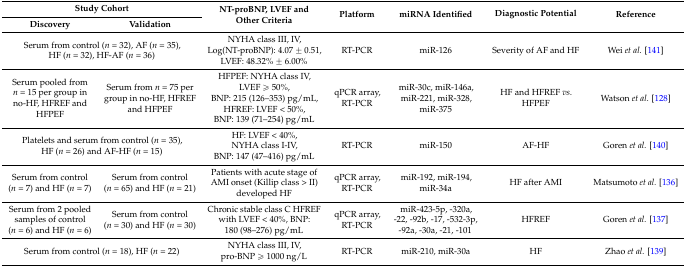
<table><thead><tr><td colspan="2"><b>Study Cohort</b></td><td rowspan="2"><b>NT-proBNP, LVEF and Other Criteria</b></td><td rowspan="2"><b>Platform</b></td><td rowspan="2"><b>miRNA Identified</b></td><td rowspan="2"><b>Diagnostic Potential</b></td><td rowspan="2"><b>Reference</b></td></tr><tr><td><b>Discovery</b></td><td><b>Validation</b></td></tr></thead><tbody><tr><td colspan="2">Serum from control (<i>n</i> = 32), AF (<i>n</i> = 35),HF (<i>n</i> = 32), HF-AF (<i>n</i> = 36)</td><td>NYHA class III, IV, Log(NT-proBNP): 4.07 ± 0.51, LVEF: 48.32% ± 6.00%</td><td>RT-PCR</td><td>miR-126</td><td>Severity of AF and HF</td><td>Wei <i>et al.</i> [141]</td></tr><tr><td>Serum pooled from <i>n</i> = 15 per group in no-HF, HFREF and HFPEF</td><td>Serum from <i>n</i> = 75 per group in no-HF, HFREF and HFPEF</td><td>HFPEF: NYHA class IV, LVEF ≥ 50%, BNP: 215 (126–353) pg/mL, HFREF: LVEF &lt; 50%, BNP: 139 (71–254) pg/mL</td><td>qPCR array, RT-PCR</td><td>miR-30c, miR-146a, miR-221, miR-328, miR-375</td><td>HF and HFREF <i>vs.</i> HFPEF</td><td>Watson <i>et al.</i> [128]</td></tr><tr><td colspan="2">Platelets and serum from control (<i>n</i> = 35),HF (<i>n</i> = 26) and AF-HF (<i>n</i> = 15)</td><td>HF: LVEF &lt; 40%, NYHA class I-IV, BNP: 147 (47–416) pg/mL</td><td>RT-PCR</td><td>miR-150</td><td>AF-HF</td><td>Goren <i>et al.</i> [140]</td></tr><tr><td>Serum from control (<i>n</i> = 7) and HF (<i>n</i> = 7)</td><td>Serum from control (<i>n</i> = 65) and HF (<i>n</i> = 21)</td><td>Patients with acute stage of AMI onset (Killip class &gt; II) developed HF</td><td>qPCR array, RT-PCR</td><td>miR-192, miR-194, miR-34a</td><td>HF after AMI</td><td>Matsumoto <i>et al.</i> [136]</td></tr><tr><td>Serum from 2 pooled samples of control (<i>n</i> = 6) and HF (<i>n</i> = 6)</td><td>Serum from control (<i>n</i> = 30) and HF (<i>n</i> = 30)</td><td>Chronic stable class C HFREF with LVEF &lt; 40%, BNP: 180 (98–276) pg/mL</td><td>qPCR array, RT-PCR</td><td>miR-423-5p, -320a, -22, -92b, -17, -532-3p, -92a, -30a, -21, -101</td><td>HFREF</td><td>Goren <i>et al.</i> [137]</td></tr><tr><td colspan="2">Serum from control (<i>n</i> = 18), HF (<i>n</i> = 22)</td><td>NYHA class III, IV, pro-BNP ≥ 1000 ng/L</td><td>RT-PCR</td><td>miR-210, miR-30a</td><td>HF</td><td>Zhao <i>et al.</i> [139]</td></tr></tbody></table>